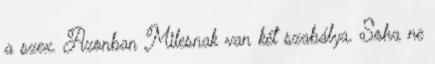
a szex. Azonban Milesnak van két szabálya. Soha ne